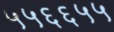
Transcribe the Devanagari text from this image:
५५६६५५